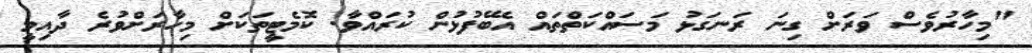
"މިހާރުވެސް ވަރަށް ގިނަ ރަނގަޅު މަަސައްކަތްތައް އެބޭފުޅުން ކުރައްވާ. ކޮމެޓީތަކަށް މިހާރަށްވުރެ ދާއިމީ